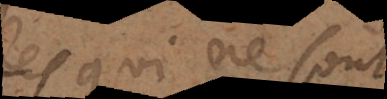
ceux qui ne sont